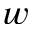
w